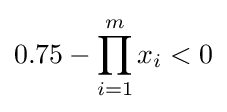
0.75-\prod _{i=1}^{m}x_{i}<0